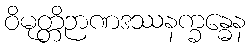
ဝိမုတ္တိဉာဏဒဿနက္ခန္ဓေန